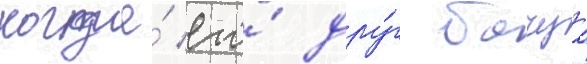
когда́ его́ дру́г бачуа